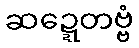
ဆဍ္ဍေတဗ္ဗံ